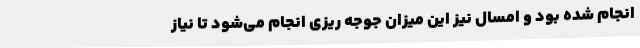
انجام شده بود و امسال نیز این میزان جوجه ریزی انجام می‌شود تا نیاز